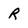
Character: R